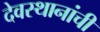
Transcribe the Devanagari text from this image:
देवस्थानांची